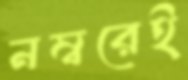
নম্বরেই